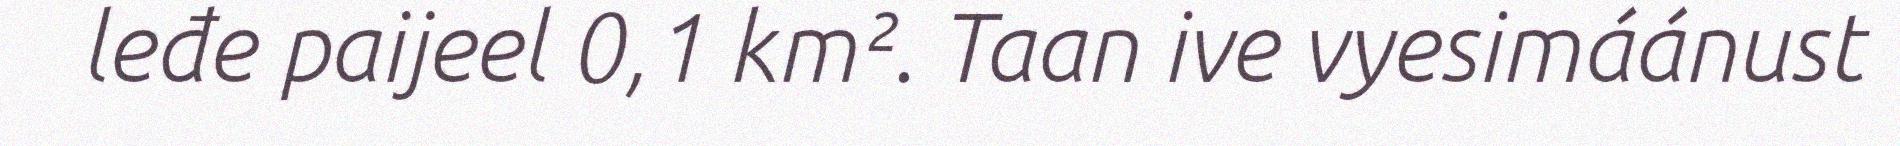
leđe paijeel 0,1 km². Taan ive vyesimáánust